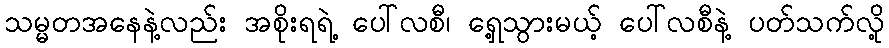
သမ္မတအနေနဲ့လည်း အစိုးရရဲ့ ပေါ်လစီ၊ ရှေ့သွားမယ့် ပေါ်လစီနဲ့ ပတ်သက်လို့